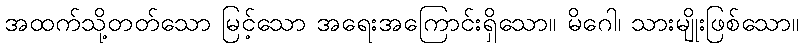
အထက်သို့တတ်သော မြင့်သော အရေးအကြောင်းရှိသော။ မိဂေါ၊ သားမျိုးဖြစ်သော။